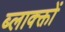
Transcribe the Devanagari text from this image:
ब्लाक्क्तों